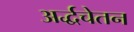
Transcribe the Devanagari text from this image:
अर्द्धचेतन